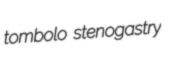
tombolo stenogastry